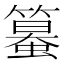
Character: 𥴵